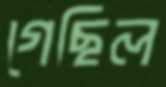
গেছিল